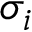
\sigma _ { i }